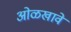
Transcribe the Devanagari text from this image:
ओळखावे